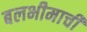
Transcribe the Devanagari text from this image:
बलभीमाची